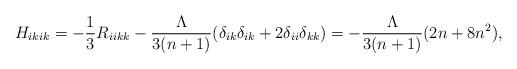
LaTeX: \begin{align*}H_{ikik} &= - \frac{1}{3} R_{iikk} - \frac{\Lambda}{3(n+1)} ( \delta_{ik} \delta_{ik}+ 2 \delta_{ii} \delta_{kk} ) = - \frac{\Lambda}{3(n+1)} ( 2n + 8 n^2 ),\end{align*}